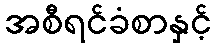
အစီရင်ခံစာနှင့်